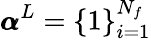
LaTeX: \pmb{\alpha}^{L}=\{ 1\} _{i=1}^{N_{f}}